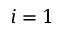
i = 1